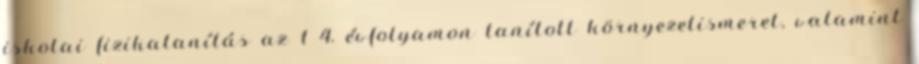
iskolai fizikatanítás az 1 4. évfolyamon tanított környezetismeret, valamint